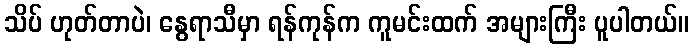
သိပ် ဟုတ်တာပဲ၊ နွေရာသီမှာ ရန်ကုန်က ကူမင်းထက် အများကြီး ပူပါတယ်။